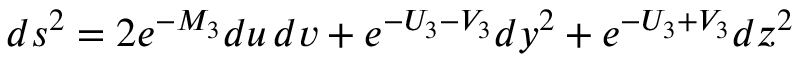
d s ^ { 2 } = 2 e ^ { - M _ { 3 } } d u \, d v + e ^ { - U _ { 3 } - V _ { 3 } } d y ^ { 2 } + e ^ { - U _ { 3 } + V _ { 3 } } d z ^ { 2 }